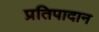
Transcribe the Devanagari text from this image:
प्रतिपादान